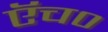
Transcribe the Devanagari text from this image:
एॅच०